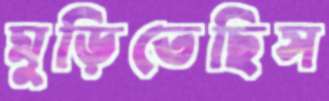
মুড়িতেছিস